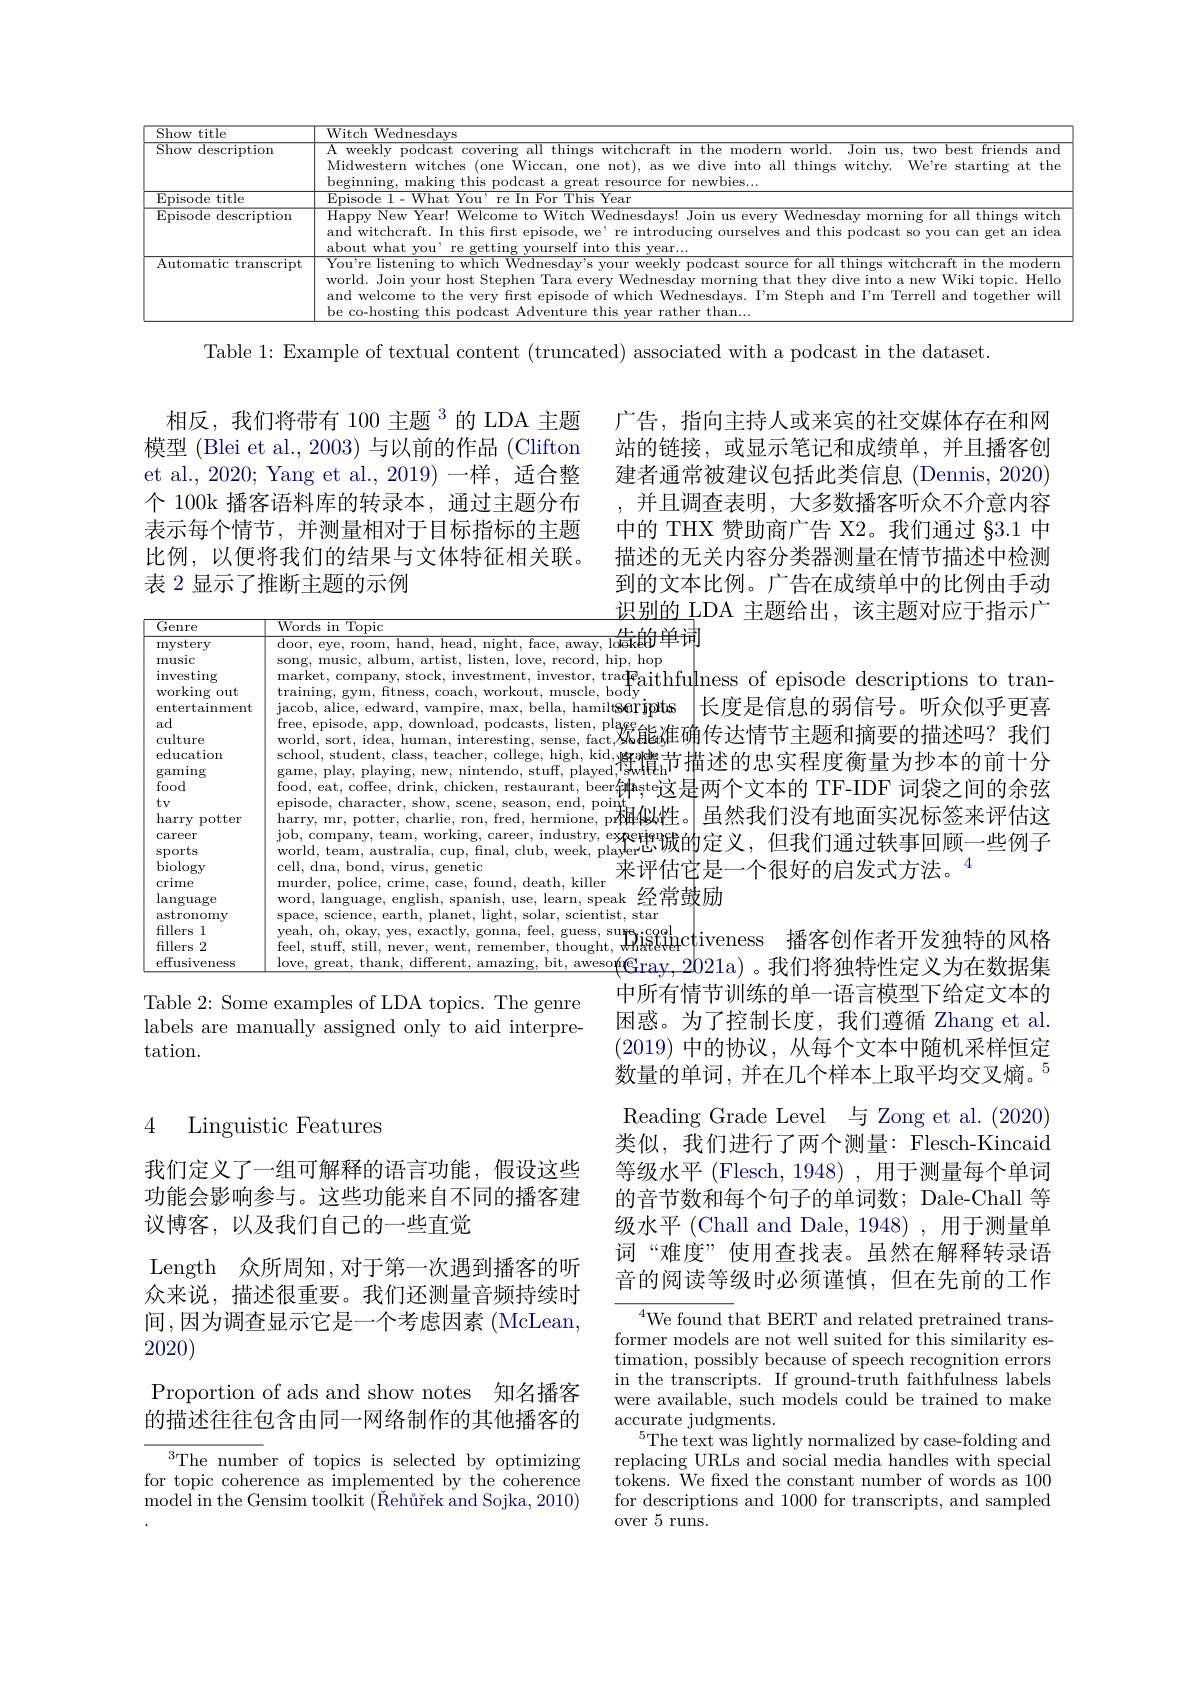
<table>
	<tbody>
		<tr>
			<th>Show title</th>
			<th>${\mathrm{Witch~Wednesdays}}$</th>
		</tr>
		<tr>
			<td>Show description</td>
			<td>A weekly podcast covering all things witchcraft in the modern world. Join us, two best friends and Midwestern witches (one Wiccan, one not), as we dive into all things witchy. We're starting at the varinnine making this podcast a great resource for newbies</td>
		</tr>
		<tr>
			<td>Episode title</td>
			<td>$\overline{\text{Episode 1- What You' re In For This Year}}$</td>
		</tr>
		<tr>
			<td>Episode description</td>
			<td>Happy New Year! Welcome to Witch Wednesdays! Join us every Wednesday morning for all things witch and witchcraft. In this first episode, we' re introducing ourselves and this podcast so you can get an idea about what vou' re rourself inte this vear. </td>
		</tr>
		<tr>
			<td>$\operatorname{Automatic}$ transcript</td>
			<td>You're listening to which Wednesday's your weekly podcast source for all things witchcraft in the modern world. Join your host Stephen Tara every and welcome to the very first episode of which Wednesdays. I'm Steph and I'm Terrell and together will y Wednesday morning that they dive into a new Wiki topic. Hello be co-hosting this podcast $s$ Adventure t this rather than</td>
		</tr>
	</tbody>
</table>

Table 1: Example of textual content (truncated) associated with a podcast in the dataset.

相反，我们将带有 100 主题$^{3}$的 LDA 主题 广告，指向主持人或来宾的社交媒体存在和网模型 (Blei et al., 2003) 与以前的作品 (Clifton 站的链接，或显示笔记和成绩单，并且播客创et al., 2020; Yang et al., 2019) 一样，适合整 建者通常被建议包括此类信息 (Dennis, 2020) 个 100k 播客语料库的转录本，通过主题分布 ,并且调查表明，大多数播客听众不介意内容表示每个情节，并测量相对于目标指标的主题比例，以便将我们的结果与文体特征相关联。表 2 显示了推断主题的示例

tradeaithfulness of episode descriptions to tran-
<table>
	<tbody>
		<tr>
			<th>Genre</th>
			<th>$\overline{\mathrm{Words~in~Topic}}$ $r1.$</th>
		</tr>
		<tr>
			<td>${\mathrm{mystery}}$ music $\operatorname{investing}$ ${\mathrm{working~out}}$ entertainment ad culture education gaming food</td>
			<td>$\overline{\mathrm{door,~eye,~room,~hand,~head,~night,~face,~away,~l\'{d}eke}{\mathbf{b}}}$ market, company, stock, investment, investor, tra$\Phi$eaith song, music, album, artist, listen, love, record, hip, hop training, gym, ftness, coach, workout, muscle, bođy jacob, alice, edward, vampire, max, bella, hamiltserjptis free, episode, app, download, podcasts, listen, plage world, sort, idea, human, interesting, sense, fact,双¿ 能$f$ $\therefore$ school, student, class, teacher, college, high, kid,|sz|ar|e+ game, play, playing, new, nintendo, stuff, played,"'swtteh' $f_{\mathrm{on}}$</td>
		</tr>
		<tr>
			<td>biology crime</td>
			<td>cell, dna, bond, virus, genetic 来评估 murder, police, crime, case, found, death, killer</td>
		</tr>
	</tbody>
</table>
pdallat $_{\mathrm{p}}^{\mathrm{m}}$dalat 。|虽然我们没有地面实况标签来评估这$\begin{array}{c}{\mathrm{,expe}}\\{\mathrm{player}}\end{array}$思诚的定义，但我们通过轶事回顾一些例子来评估它是一个很好的启发式方法。$^{4}$
offGray,2021a)。我们将独特性定义为在数据集

中的 THX 赞助商广告 X2。我们通过$\S3.1$中描述的无关内容分类器测量在情节描述中检测到的文本比例。广告在成绩单中的比例由手动识别的 LDA 主题给出，该主题对应于指示广
长度是信息的弱信号。听众似乎更喜
播客创作者开发独特的风格
中所有情节训练的单一语言模型下给定文本的困惑。为了控制长度，我们遵循 Zhang et al. (2019)中的协议，从每个文本中随机采样恒定数量的单词，并在几个样本上取平均交叉熵。$^{5}$ Reading Grade Level 与 Zong et al. (2020) 类似，我们进行了两个测量：Flesch-Kincaid 等级水平 (Flesch, 1948) , 用于测量每个单词的音节数和每个句子的单词数；Dale-Chall 等级水平 (Chall and Dale, 1948) , 用于测量单词“难度”使用查找表。虽然在解释转录语音的阅读等级时必须谨慎，但在先前的工作
${}^{4}$We found that BERT and related pretrained transformer models are not well suited for this similarity es-

Table 2: Some examples of LDA topics. The genre labels are manually assigned only to aid interpretation.

### 4 Linguistic Features

我们定义了一组可解释的语言功能，假设这些功能会影响参与。这些功能来自不同的播客建议博客，以及我们自己的一些直觉
Length 众所周知，对于第一次遇到播客的听众来说，描述很重要。我们还测量音频持续时间，因为调查显示它是一个考虑因素(McLean, 2020)
Proportion of ads and show notes 知名播客的描述往往包含由同一网络制作的其他播客的
The number of topics is selected by optimizing for topic coherence as implemented by the coherence ${\mathrm{model~in~the~Gensim~toolkit~(\v{R}eh\r{u}rekandSojka,2010)}}$

$\begin{array}{c}\mathrm{timation,~possibly~because~of~speech~recognition~errors}\\\end{array}$ in the transcripts. If ground-truth faithfulness labels were available, such models could be trained to make $\arctan_{r}$rate judgments.
$^{5}$The text was lightly normalized by case-folding and replacing URLs and social media handles with special $\bar{\text{tokens. We fixed the constant number of words as 100}}$ for descriptions and 1000 for transcripts, and sampled over 5 runs.